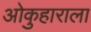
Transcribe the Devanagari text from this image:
ओकुहाराला